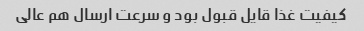
کیفیت غذا قایل قبول بود و سرعت ارسال هم عالی